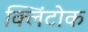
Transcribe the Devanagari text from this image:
क्लिंटोक